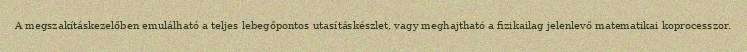
A megszakításkezelőben emulálható a teljes lebegőpontos utasításkészlet, vagy meghajtható a fizikailag jelenlevő matematikai koprocesszor.